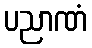
ပညာဏံ